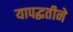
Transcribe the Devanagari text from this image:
यापद्धतीने